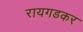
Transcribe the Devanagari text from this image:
रायगडकर